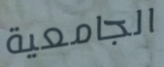
الجامعية